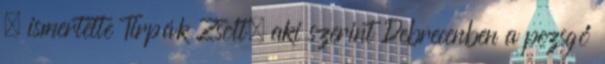
– ismertette Tirpák Zsolt, aki szerint Debrecenben a pezsgő